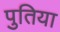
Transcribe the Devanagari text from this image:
पुतिया